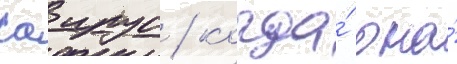
саирус / когда́ она́